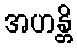
အဟန္တိ